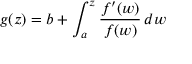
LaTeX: g ( z ) = b + \int _ { a } ^ { z } { \frac { f ^ { \prime } ( w ) } { f ( w ) } } \, d w